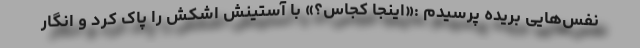
نفس‌هایی بریده پرسیدم :«اینجا کجاس؟» با آستینش اشکش را پاک کرد و انگار